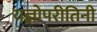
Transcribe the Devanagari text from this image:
यज्ञोपरीतिनी